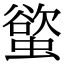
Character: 螸